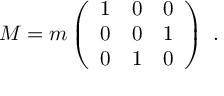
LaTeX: M = m \left( \begin{array} { c c c } { { 1 } } & { { 0 } } & { { 0 } } \\ { { 0 } } & { { 0 } } & { { 1 } } \\ { { 0 } } & { { 1 } } & { { 0 } } \end{array} \right) ~ .